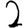
Digit: 2